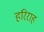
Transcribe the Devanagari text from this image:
हरिराह